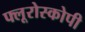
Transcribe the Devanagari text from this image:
फ्लूरोस्कोपी